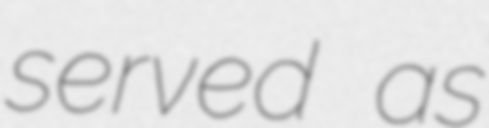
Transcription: served as